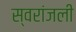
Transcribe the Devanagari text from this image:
स्वरांजली